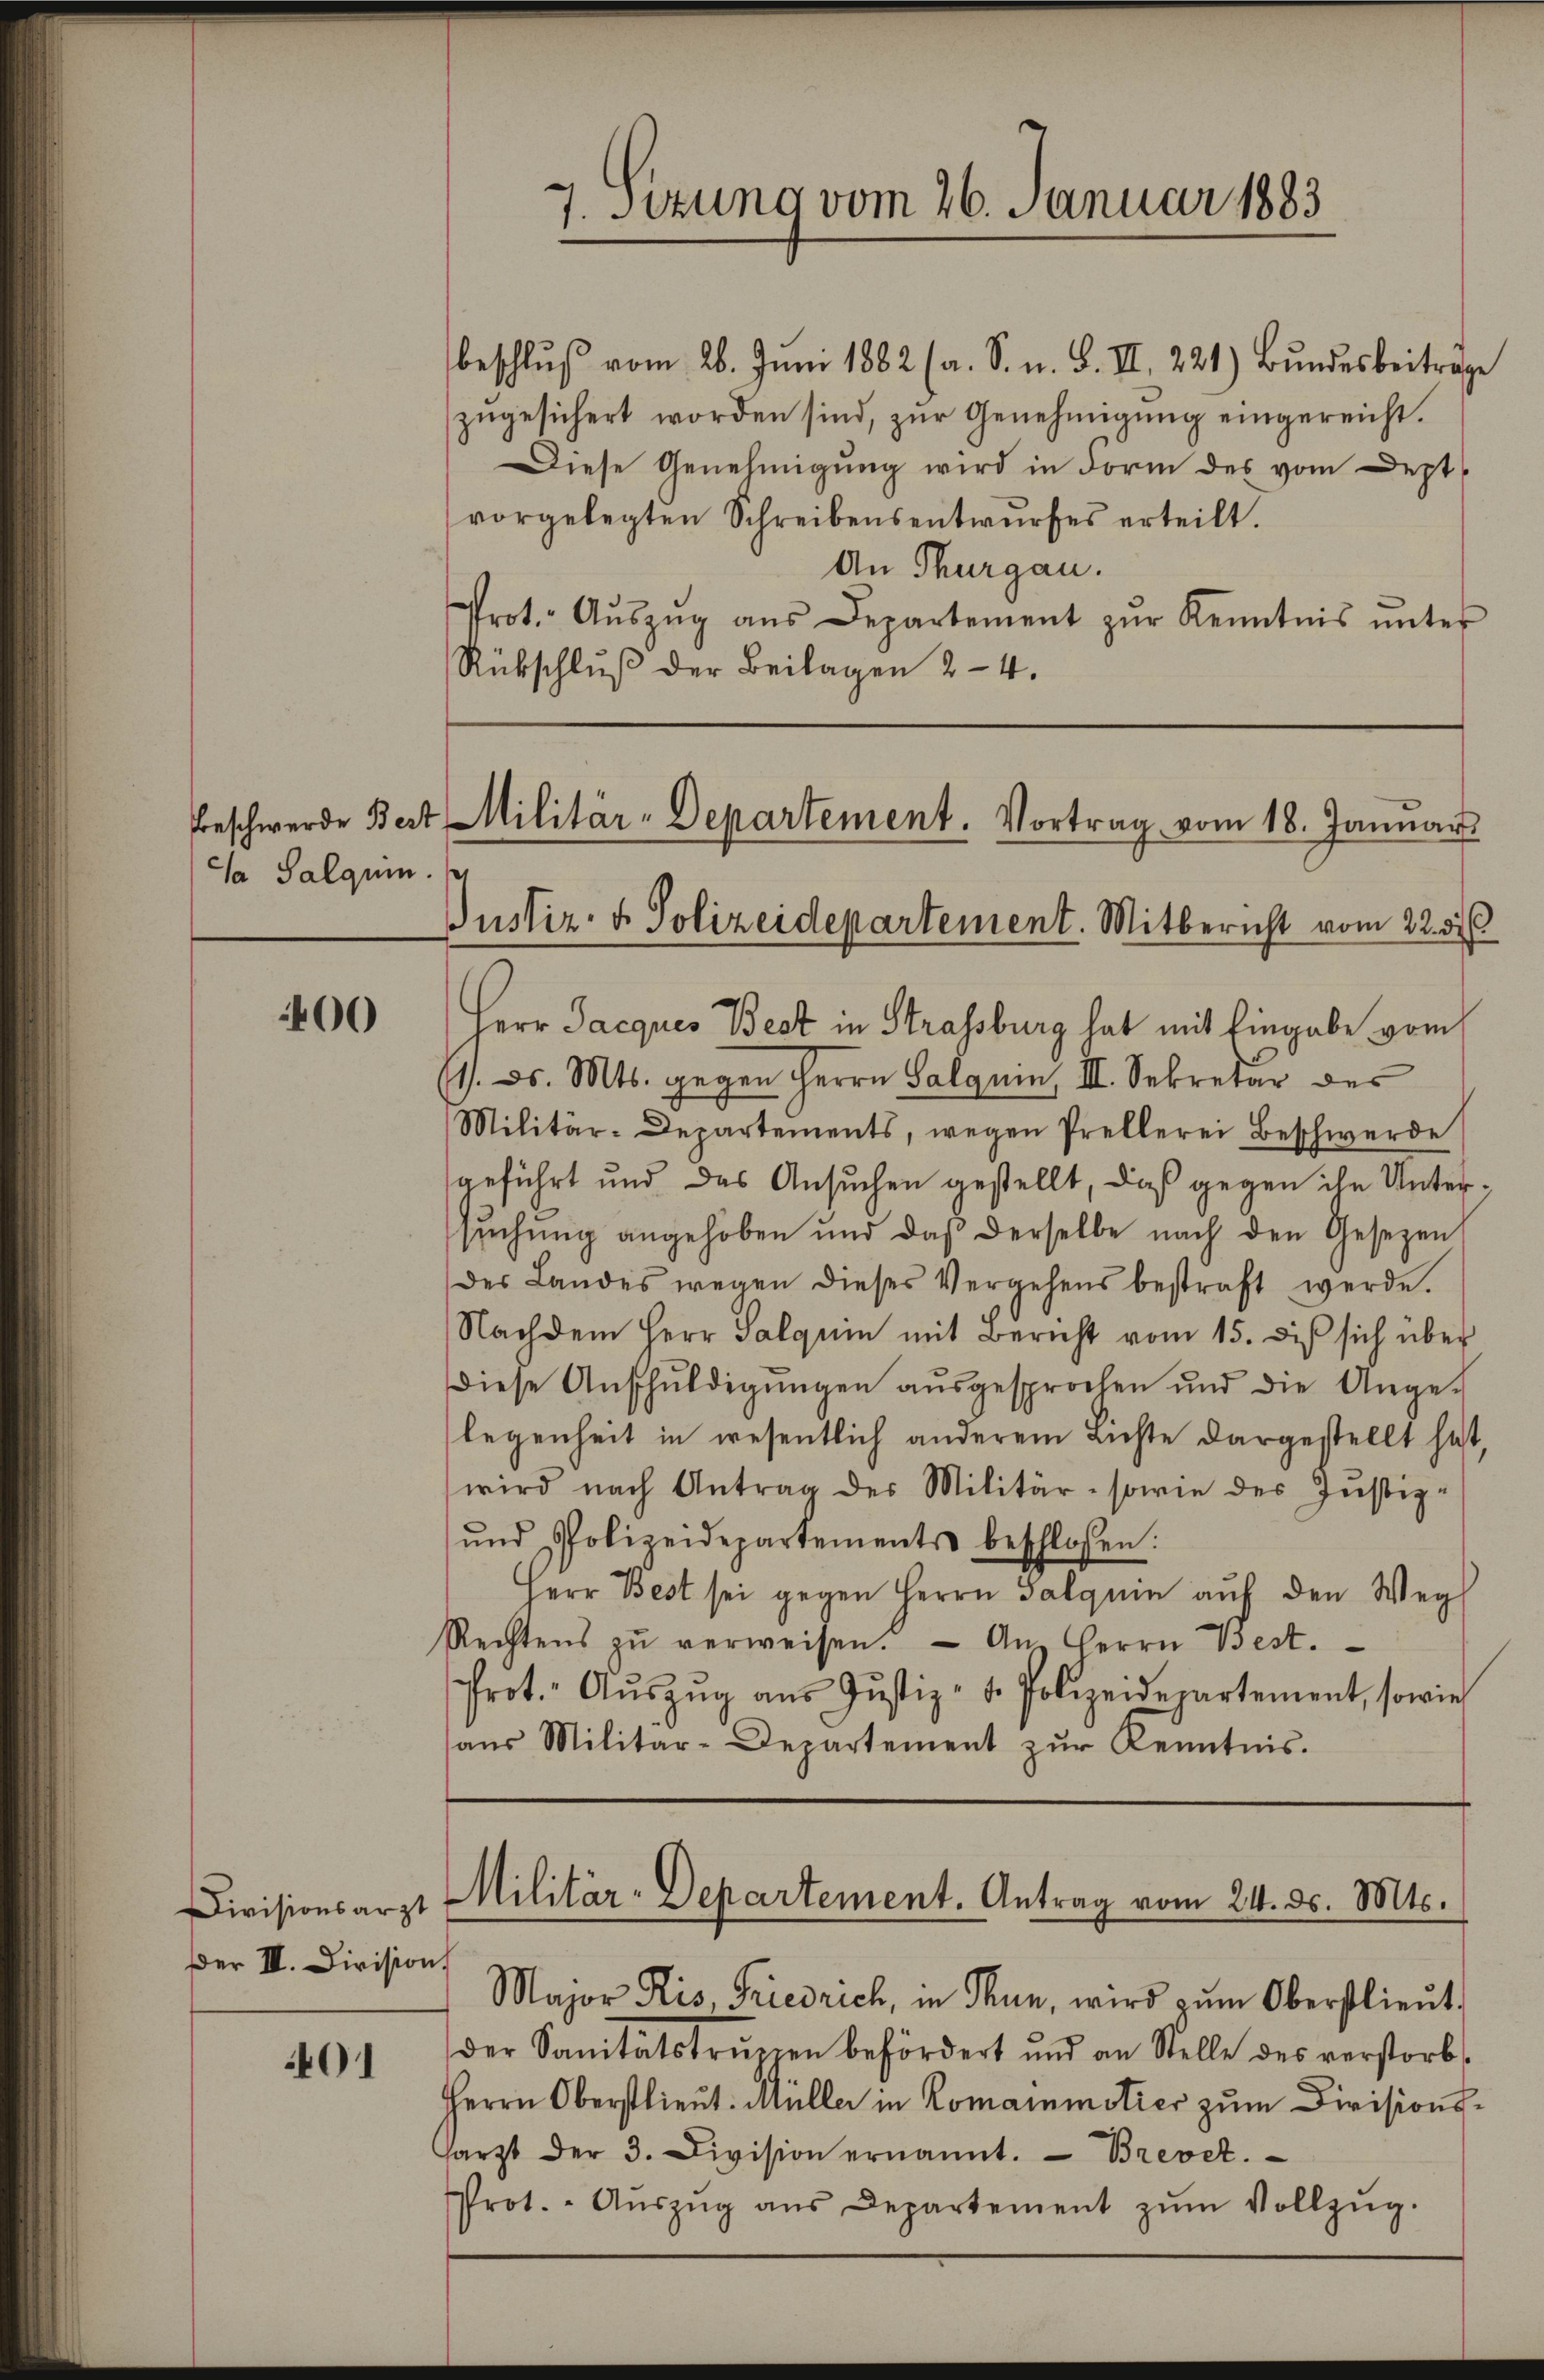
7. sezung vom 26. Januar 1883

beschlŭβ vom 26. Juni 1882 (a. S. u. B. II. 221) Bŭndesbeiträge
zŭgesichert worden sind, zŭr Genehmigŭng eingereicht.
Diese Genehmigung wird in Form des vom Deptvorgelegten Schreibensentwŭrfes erteilt.
An Thurgau.
Prot. Aŭszŭg aŭs Departement zŭr Kenntnis ŭnter
Rückschlŭβ der Beilagen 24.

Beschwerde Bert Militär-Departement. Vortrag vom 18. Januar
Justiz- & Polizeidepartement. Mitbericht vom 22. d

Herr Jacques Best in Strassburg hat mit Eingabe vom
1. ds. Mts. gegen Herrn Salquin, III. Sekretär des
Militär-Departements, wegen Prellerei Beschwerde
geführt und das Ansuchen gestellt, daß gegen ihn Untersuchung angehoben und daß derselbe nach den Gesezen
der Landes wegen dieses Vergehens bestraft werde.
Nachdem Herr Salquin mit Bericht vom 15. dies sich über
diese Anschŭldigŭngen aŭsgesprochen und die Angelegenheit in wesentlich anderem Lichte dargestellt hat.
wird nach Antrag des Militär- sowie des Justiz-
und Polizeidepartements beschlossen:
Herr Best sei gegen Herrn Salquin auf den Weg
Rechtens zŭ verweisen. An Herrn Best.
Prot. Aŭszŭg aŭs Jŭstiz- u. Polizeidepartement, sowie
haŭs Militär-Departement zŭr Kenntnis.

Sa Salquin

400

Militär-Departement. Antrag vom 24. ds. Mts.

Divisionsarzt
Der III. Division

Major Kis, Friedrich, in Thun, wird zŭm Oberstlieut.
der Sanitätstrŭeren befördert und an Stelle des verstorb
Herrn Oberstlieut. Müller in Romainmotier zum Divisionssarzt der 3. Division ernannt. Brevet.
Prot. - Aŭszŭg aŭs Departement zŭm Vollzŭg.

401